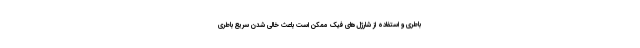
باطری و استفاده از شارژل‌های فیک ممکن است باعث خالی شدن سریع باطری